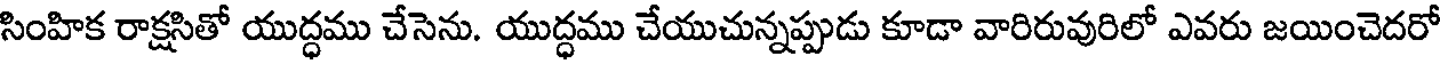
సింహిక రాక్షసితో యుద్ధము చేసెను. యుద్ధము చేయుచున్నప్పుడు కూడా వారిరువురిలో ఎవరు జయించెదరో